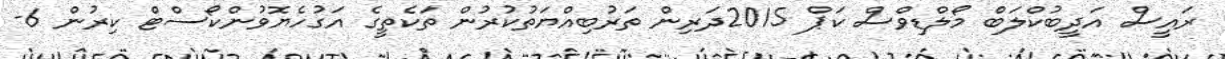
ރައީސް އަދީބުކްލަބް މޯލްޑިވްސް ކަޕް 2015ދަރިން ތަރުބިއްޔަތުކުރުން ތަކެތީގެ އަގުހެޔޮވުންކޯސްޓް ކިރުން 6-